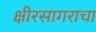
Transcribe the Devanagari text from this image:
क्षीरसागराचा